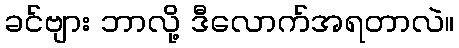
ခင်ဗျား ဘာလို့ ဒီလောက်အရတာလဲ။